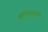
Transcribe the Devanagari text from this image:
वारणानगरीतले